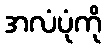
အလံပုံကို